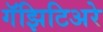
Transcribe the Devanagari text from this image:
गॅझिटिअरे